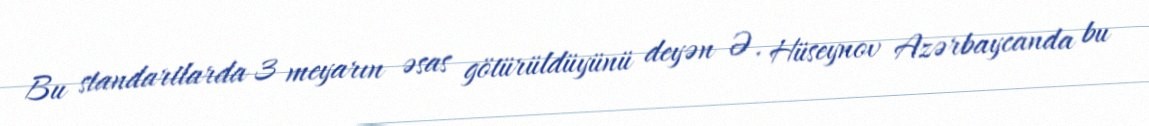
Bu standartlarda 3 meyarın əsas götürüldüyünü deyən Ə. Hüseynov Azərbaycanda bu